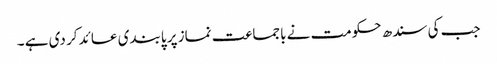
جب کی سندھ حکومت نے باجماعت نماز پر پابندی عائد کر دی ہے ۔